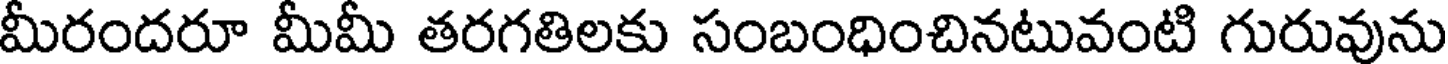
మీరందరూ మీమీ తరగతిలకు సంబంధించినటువంటి గురువును